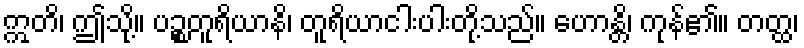
ဣတိ၊ ဤသို့။ ပဉ္စတူရိယာနိ၊ တူရိယာငါးပါးတို့သည်။ ဟောန္တိ၊ ကုန်၏။ တတ္ထ၊